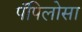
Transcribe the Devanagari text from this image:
पॅपिलोसा